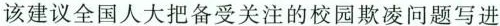
该建议全国人大把备受关注的校园欺凌问题写进